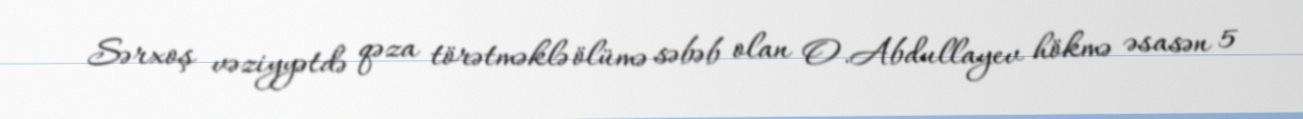
Sərxoş vəziyyətdə qəza törətməklə ölümə səbəb olan O.Abdullayev hökmə əsasən 5